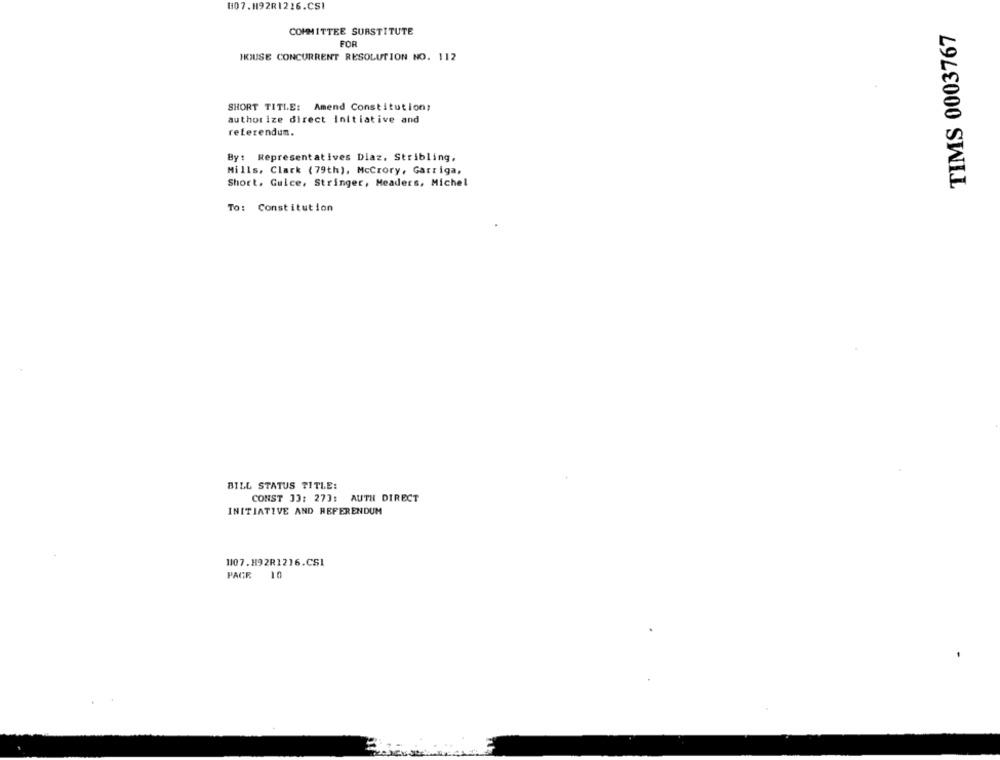
807.192R1216.CSI
COMMITTEE SUBSTITUTE
TIMS 0003767
FOR
HOUSE CONCURRENT RESOLUTION NO. 112
SHORT TITLE: Amend Constitution;
authorize direct initiative and
referendum.
By: Representatives Diaz. Stribling,
Mills, Clark (79th), McCtory, Garriga,
Short. Guice, Stringer, Meaders, Michel
To: Constitution
BILL STATUS TITLE:
CONST 33: 273: AUTH DIRECT
INITIATIVE AND REFERENDUM
1107. H92R1216.CS1
PAGR
10